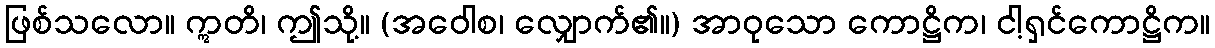
ဖြစ်သလော။ ဣတိ၊ ဤသို့။ (အဝေါစ၊ လျှောက်၏။) အာဝုသော ကောဋ္ဌိက၊ ငါ့ရှင်ကောဋ္ဌိက။